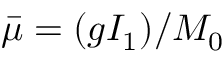
{ \bar { \mu } } = ( g I _ { 1 } ) / M _ { 0 }